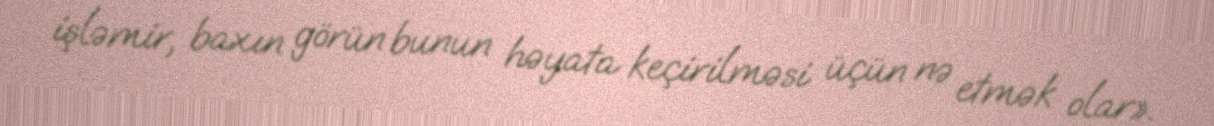
işləmir, baxın görün bunun həyata keçirilməsi üçün nə etmək olar».